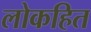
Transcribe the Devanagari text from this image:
लोकहित